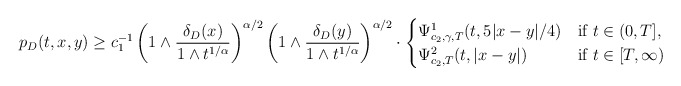
\begin{align*}p_D(t, x, y)\ge c_1^{-1} \left(1\wedge \frac{\delta_D(x)}{1\wedge t^{1/\alpha}}\right)^{\alpha/2}\left(1\wedge \frac{\delta_D(y)}{1\wedge t^{1/\alpha}}\right)^{\alpha/2}\cdot\begin{cases}\Psi^1_{c_2,\gamma, T}(t, 5|x-y|/4)&\hbox{if } t\in(0,T],\\\Psi^2_{c_2, T}(t, |x-y|)&\hbox{if } t\in[T,\infty)\end{cases}\end{align*}